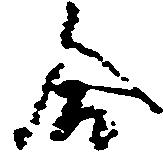
合